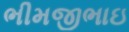
ભીમજીભાઇ